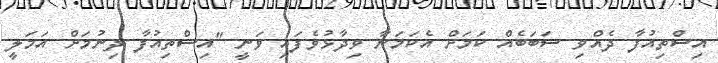
އިސްތިއުފާ ދެއްވި ސަބަބެއް ކަމަށް އެކަމަނާ ވިދާޅުވެފައި ވަނީ "އިސްތިއުފާ ދިނުމަށް އަމަލީ